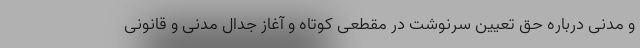
و مدنی درباره حق تعیین سرنوشت در مقطعی کوتاه و آغاز جدال مدنی و قانونی